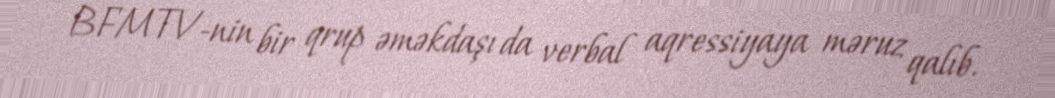
BFMTV-nin bir qrup əməkdaşı da verbal aqressiyaya məruz qalıb.